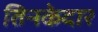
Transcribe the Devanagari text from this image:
तिनकेदार